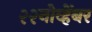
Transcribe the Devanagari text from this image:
२२नोव्हेंबर